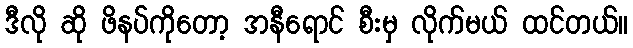
ဒီလို ဆို ဖိနပ်ကိုတော့ အနီရောင် စီးမှ လိုက်မယ် ထင်တယ်။